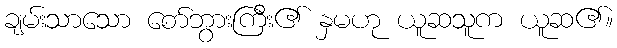
ချမ်းသာသော စော်ဘွားကြီး၏ နှမဟု ယူဆသူက ယူဆ၏။